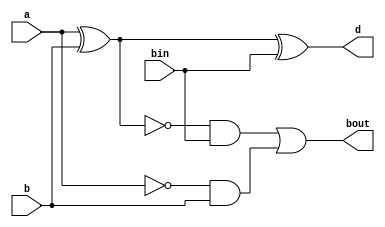
module full_sub_str(a,b,bin,bout,d);
input a,b,bin;
output bout,d;
wire w1,w2,w3,w4,w5;
not l1(w1,a);
and l2(w2,w1,b);
xor l3(w3,a,b);
not l4(w4,w3);
and l5(w5,w4,bin);
or l6(bout,w5,w2);
xor l7(d,a,b,bin);
endmodule